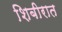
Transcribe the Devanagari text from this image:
शिबीरात